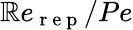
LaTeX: \mathbb{R}e_{\mathrm{{~r~e~p~}}}/Pe